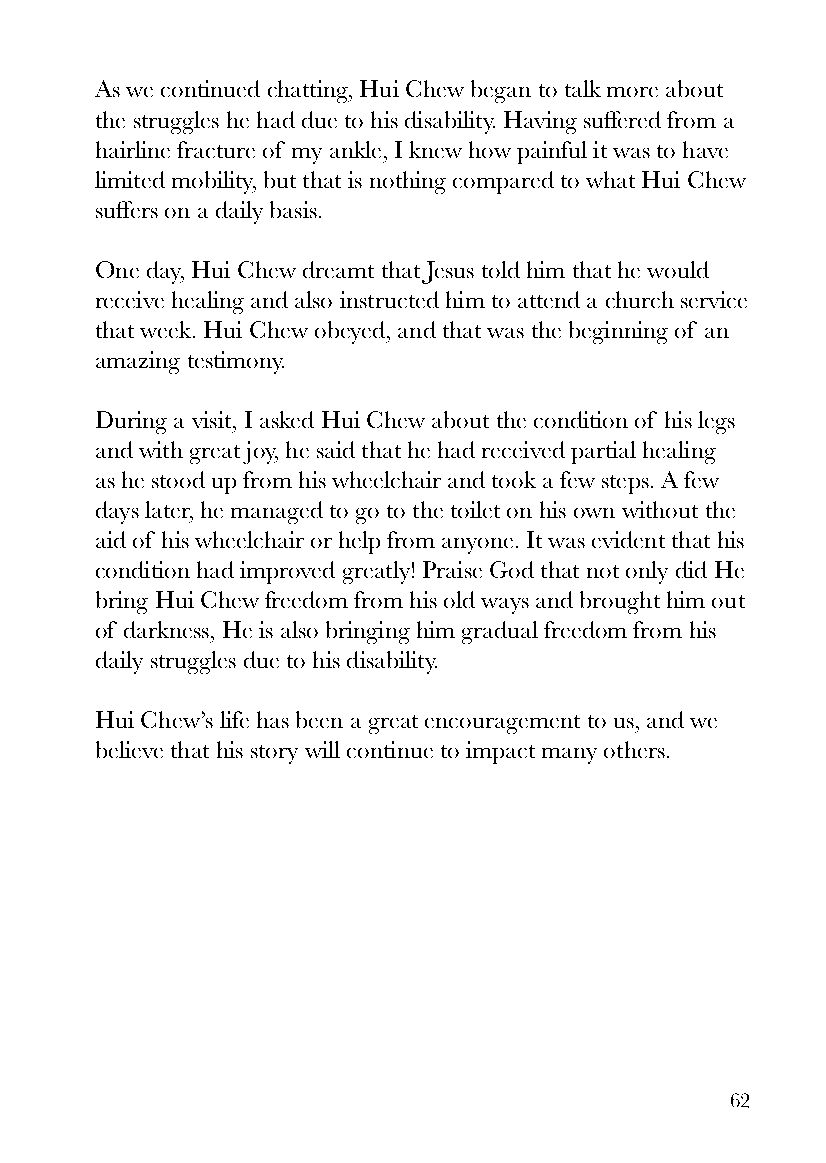
As we continued chatting, Hui Chew began to talk more about
 the struggles he had due to his disability. Having suffered from a
 hairline fracture of my ankle, I knew how painful it was to have
 limited mobility, but that is nothing compared to what Hui Chew
 suffers on a daily basis.
 One day, Hui Chew dreamt that Jesus told him that he would
 receive healing and also instructed him to attend a church service
 that week. Hui Chew obeyed, and that was the beginning of an
 amazing testimony.
 During a visit, I asked Hui Chew about the condition of his legs
 and with great joy, he said that he had received partial healing
 as he stood up from his wheelchair and took a few steps. A few
 days later, he managed to go to the toilet on his own without the
 aid of his wheelchair or help from anyone. It was evident that his
 condition had improved greatly! Praise God that not only did He
 bring Hui Chew freedom from his old ways and brought him out
 of darkness, He is also bringing him gradual freedom from his
 daily struggles due to his disability.
 Hui Chew’s life has been a great encouragement to us, and we
 believe that his story will continue to impact many others.
 62